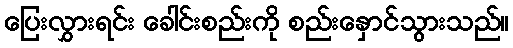
ပြေးလွှားရင်း ခေါင်းစည်းကို စည်းနှောင်သွားသည်။